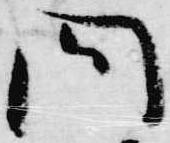
問